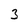
Character: 3